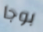
بوجا